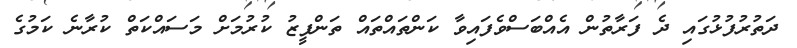
ދަތުރުފުޅުގައި ދެ ފަރާތުން އެއްބަސްވެފައިވާ ކަންތައްތައް ތަންފީޒު ކުރުމަށް މަސައްކަތް ކުރާނެ ކަމުގެ